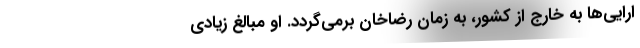
ارایی‌ها به خارج از کشور، به زمان رضاخان برمی‌گردد. او مبالغ زیادی